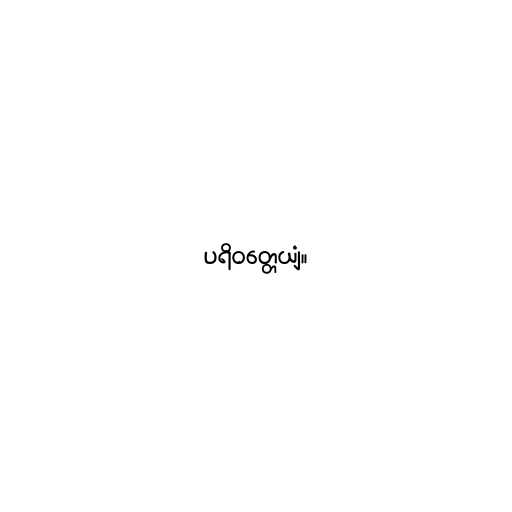
ပရိဝတ္တေယျံ။